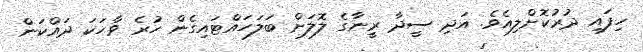
ހިފައި ދުރުކޮށްލިއެވެ. އަދި ސީދާ ރީނާގެ ލޮލަށް ބަލަހައްޓައިގެން ހުރެ ވާހަކަ ދައްކަން